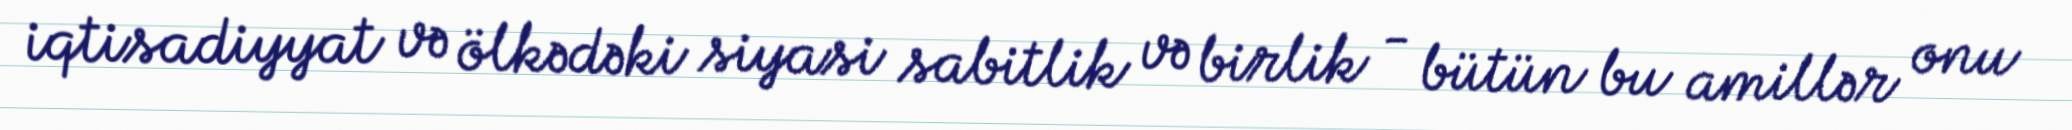
iqtisadiyyat və ölkədəki siyasi sabitlik və birlik - bütün bu amillər onu